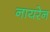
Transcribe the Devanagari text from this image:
नायरेन